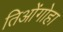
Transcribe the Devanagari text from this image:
तिओंगोहा